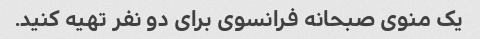
یک منوی صبحانه فرانسوی برای دو نفر تهیه کنید.